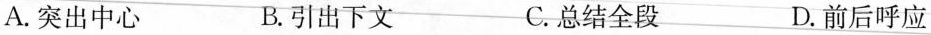
A.突出中心 B.引出下文 C.总结全段D.前后呼应